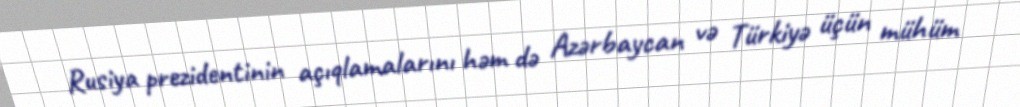
Rusiya prezidentinin açıqlamalarını həm də Azərbaycan və Türkiyə üçün mühüm